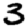
Digit: 3